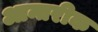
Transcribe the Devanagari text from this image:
आन्तरीक